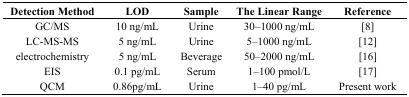
<table><thead><tr><td><b>Detection Method</b></td><td><b>LOD</b></td><td><b>Sample</b></td><td><b>The Linear Range</b></td><td><b>Reference</b></td></tr></thead><tbody><tr><td>GC/MS</td><td>10 ng/mL</td><td>Urine</td><td>30–1000 ng/mL</td><td>[8]</td></tr><tr><td>LC-MS-MS</td><td>5 ng/mL</td><td>Urine</td><td>5–1000 ng/mL</td><td>[12]</td></tr><tr><td>electrochemistry</td><td>5 ng/mL</td><td>Beverage</td><td>50–2000 ng/mL</td><td>[16]</td></tr><tr><td>EIS</td><td>0.1 pg/mL</td><td>Serum</td><td>1–100 pmol/L</td><td>[17]</td></tr><tr><td>QCM</td><td>0.86pg/mL</td><td>Urine</td><td>1–40 pg/mL</td><td>Present work</td></tr></tbody></table>